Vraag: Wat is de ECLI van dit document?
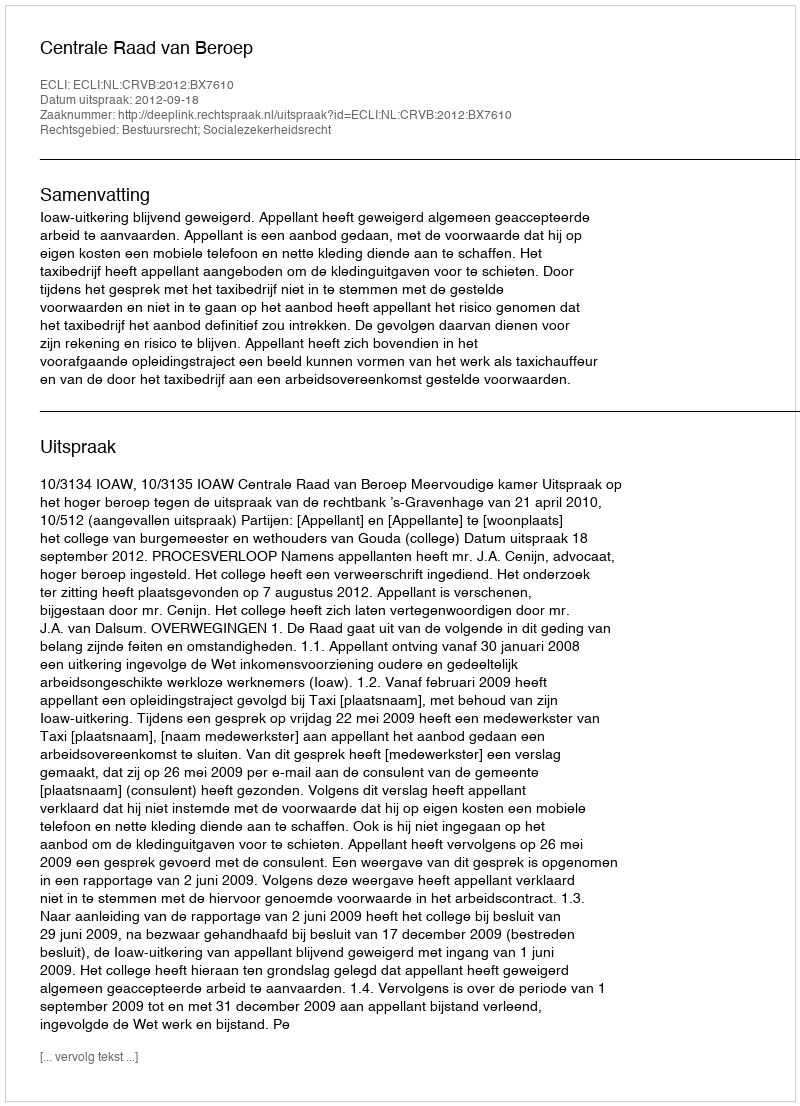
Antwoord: ECLI:NL:CRVB:2012:BX7610